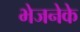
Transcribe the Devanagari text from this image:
भेजनेके